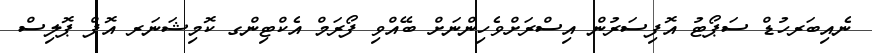
ނެއިބަރހުޑް ސަޕޯޓު އޮފިސަރުން އިސްރަށްވެހިންނަށް ބޭއްވި ފޯރަމް އެކްޓިންގ ކޮމިޝަނަރ އޮފް ޕޮލިސް